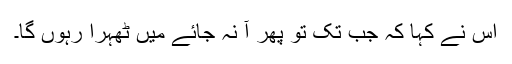
اُس نے کہا کہ جب تک تُو پِھر آ نہ جائے مَیں ٹھہرا رہُوں گا۔